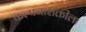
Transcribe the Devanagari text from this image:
कल्पनाशक्तीला